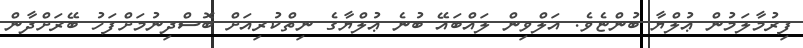
ފިރުމާލަމުން ޢުލްޔާ ބުންޏެވެ. އަލްވިން ލައްބައޭ ބުނެ ޢުލްޔާގެ ނިތްކުރިއަށް ބޮސްދިނުމަށްފަހު ބޭރަށްދާން